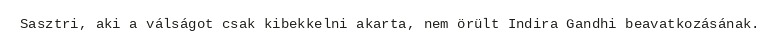
Sasztri, aki a válságot csak kibekkelni akarta, nem örült Indira Gandhi beavatkozásának.